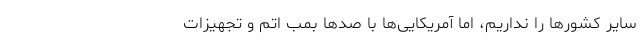
سایر کشور‌ها را نداریم، اما آمریکایی‌ها با صد‌ها بمب اتم و تجهیزات